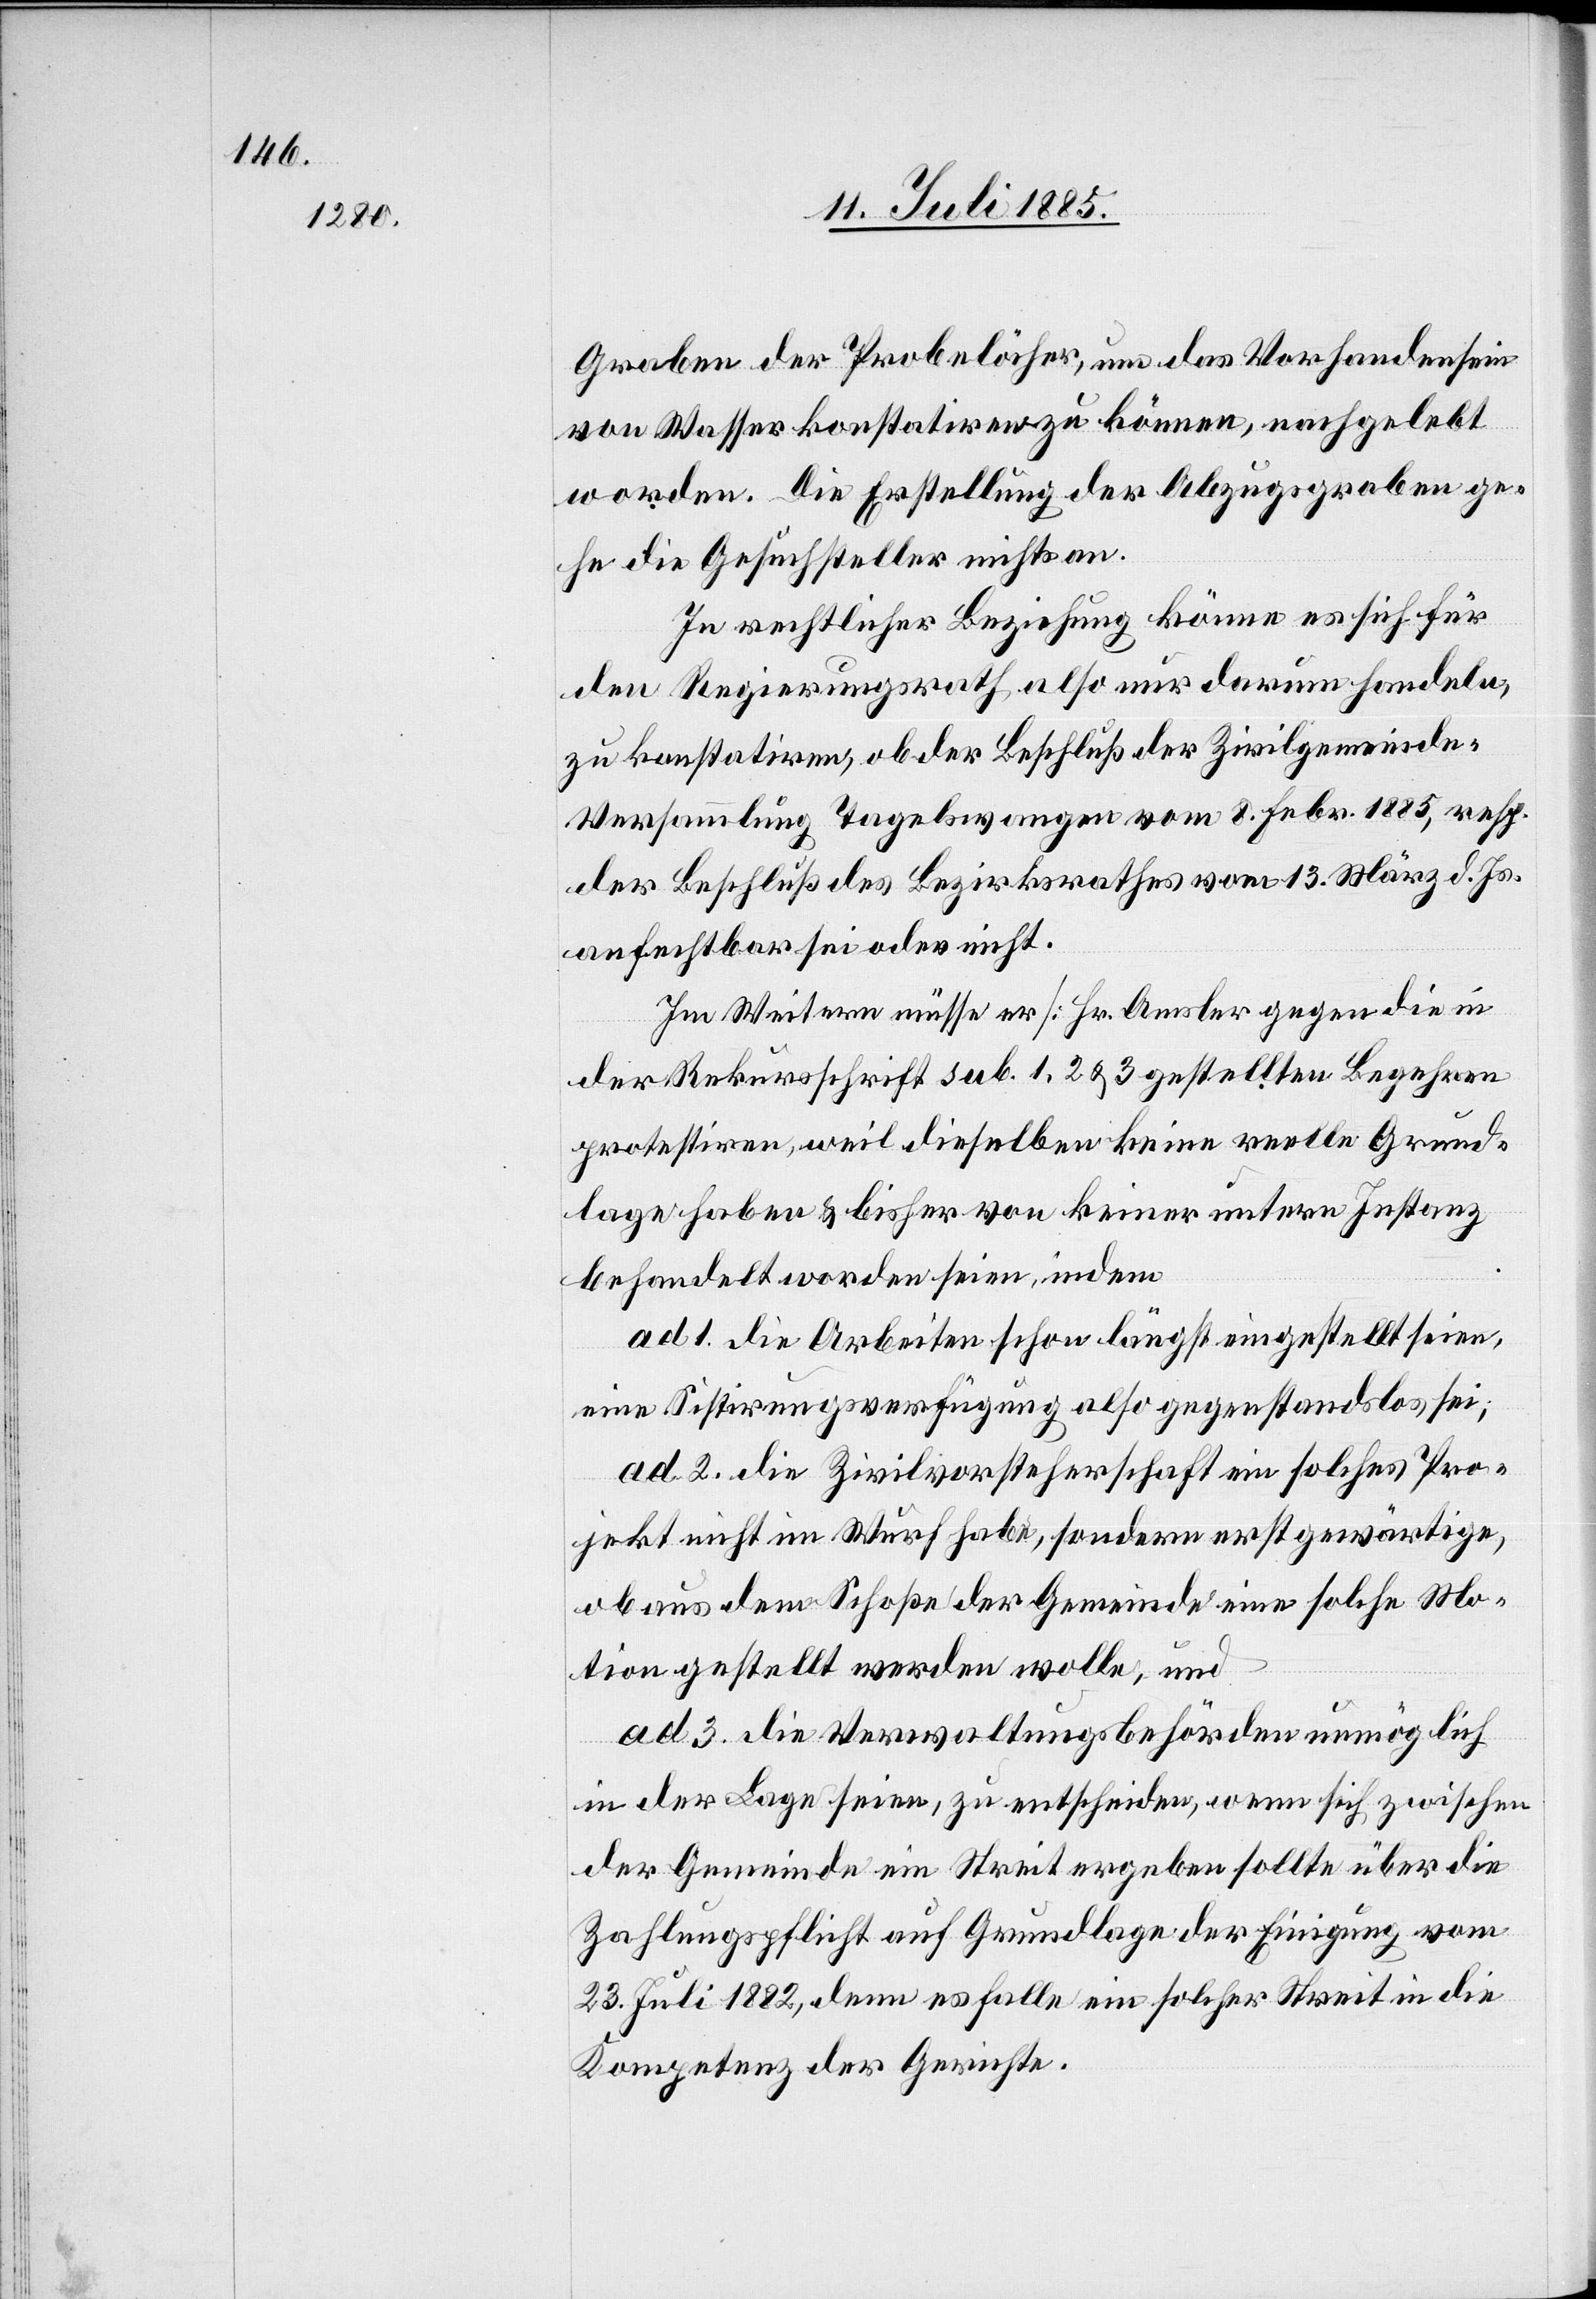
Graben der Probelöcher, um das Vorhandensein
von Wasser konstatiren zu können, nachgelebt
worden. Die Erstellung der Abzugsgraben ge¬
he die Gesuchsteller nichts an.
In rechtlicher Beziehung könne es sich für
den Regierungsrath also nur darum handeln,
zu konstatiren, ob der Beschluß der Zivilgemeinde-V¬
ersammlung Tagelswangen vom 8. Febr. 1885, resp.
der Beschluß des Bezirksrathes vom 13. März d. Js.
anfechtbar sei oder nicht.
Im Weitern müsse er [Hr. Amsler] gegen die in
der Rekursschrift sub. 1, 2 & 3 gestellten Begehren
protestiren, weil dieselben keine reelle Grund¬
lage haben & bisher von keiner untern Instanz
behandelt worden seien, indem
ad 1. die Arbeiten schon längst eingestellt seien,
eine Sistirungsverfügung also gegenstandslos sei;
ad 2. die Zivilvorsteherschaft ein solches Pro¬
jekt nicht im Wurf habe, sondern erst gewärtige,
ob aus dem Schoße der Gemeinde eine solche Mo¬
tion gestellt werden wolle, und
ad 3. die Verwaltungsbehörden unmöglich
in der Lage seien, zu entscheiden, wenn sich zwischen
der Gemeinde ein Streit ergeben sollte über die
Zahlungspflicht auf Grundlage der Einigung vom
23. Juli 1882, denn es falle ein solcher Streit in die
Kompetenz der Gerichte.